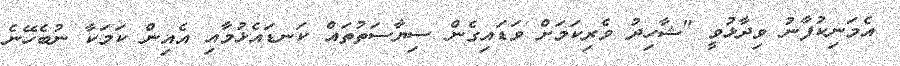
އެމަނިކުފާނު ވިދާޅުވީ "ޝާހިދު ވެރިކަމަށް ވަޑައިގެން ސިޔާސަތުތައް ކަނޑައެޅުމާއި އެއިން ކަމަކާ ނުބެހޭނެ